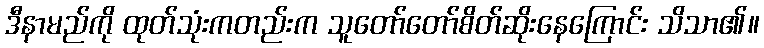
ဒီနာမည်ကို ထုတ်သုံးကတည်းက သူတော်တော်စိတ်ဆိုးနေကြောင်း သိသာ၏။